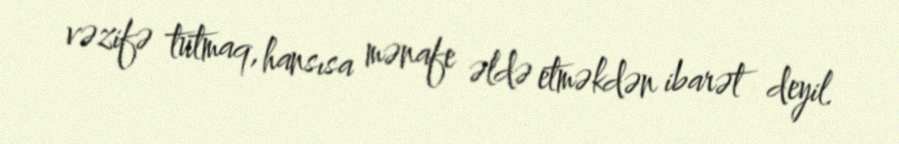
vəzifə tutmaq, hansısa mənafe əldə etməkdən ibarət deyil.